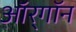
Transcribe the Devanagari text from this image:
ऑर्‌गॉन